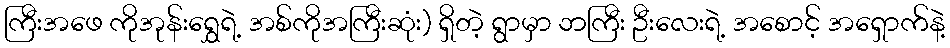
ကြီးအဖေ ကိုအုန်းရွှေရဲ့ အစ်ကိုအကြီးဆုံး) ရှိတဲ့ ရွာမှာ ဘကြီး ဦးလေးရဲ့ အစောင့် အရှောက်နဲ့